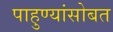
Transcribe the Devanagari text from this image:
पाहुण्यांसोबत